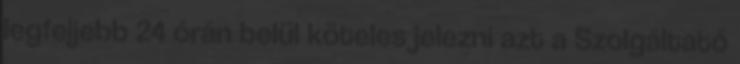
legfeljebb 24 órán belül köteles jelezni azt a Szolgáltató